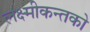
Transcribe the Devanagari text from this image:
लक्ष्मीकन्तको